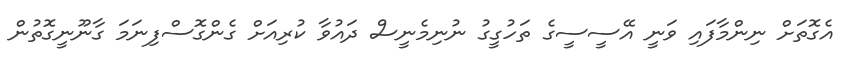
އެގޮތަށް ނިންމާފައި ވަނީ އޭސީސީގެ ތަހުގީގު ނުނިމެނީސް ދައުވާ ކުރިއަށް ގެންގޮސްފިނަމަ ގާނޫނީގޮތުން